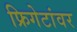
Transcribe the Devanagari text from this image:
फ्रिगेटांवर